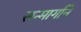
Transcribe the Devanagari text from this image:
सन्मार्गाने